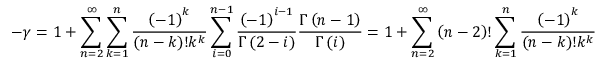
- \gamma = 1 + \sum _ { n = 2 } ^ { \infty } \sum _ { k = 1 } ^ { n } \frac { \left( - 1 \right) ^ { k } } { \left( n - k \right) ! k ^ { k } } \sum _ { i = 0 } ^ { n - 1 } \frac { \left( - 1 \right) ^ { i - 1 } } { \Gamma \left( 2 - i \right) } \frac { \Gamma \left( n - 1 \right) } { \Gamma \left( i \right) } = 1 + \sum _ { n = 2 } ^ { \infty } \left( n - 2 \right) ! \sum _ { k = 1 } ^ { n } \frac { \left( - 1 \right) ^ { k } } { \left( n - k \right) ! k ^ { k } }